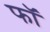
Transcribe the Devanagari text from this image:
फॉ